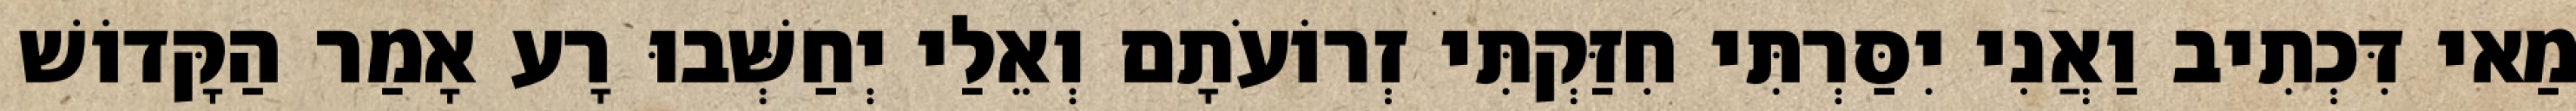
מַאי דִּכְתִיב וַאֲנִי יִסַּרְתִּי חִזַּקְתִּי זְרוֹעֹתָם וְאֵלַי יְחַשְּׁבוּ רָע אָמַר הַקָּדוֹשׁ